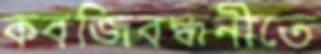
কবজিবন্ধনীতে